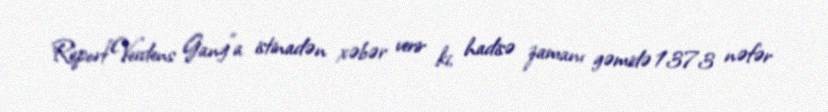
Report"Verdens Gang"a istinadən xəbər verir ki, hadisə zamanı gəmidə 1373 nəfər